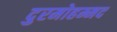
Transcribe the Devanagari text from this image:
दुरमोहम्मद